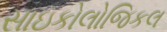
સાઇકોલોજિકલ